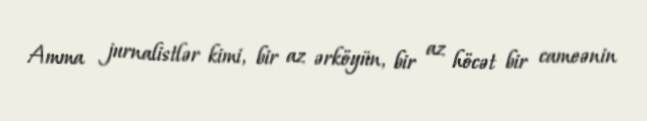
Amma jurnalistlər kimi, bir az ərköyün, bir az höcət bir cameənin